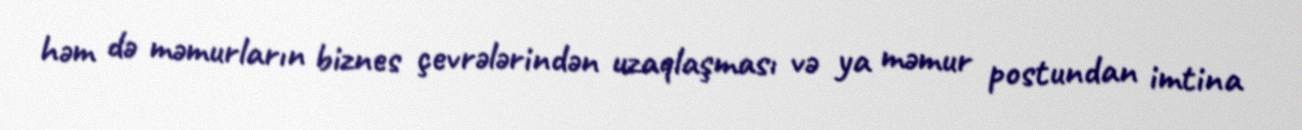
həm də məmurların biznes çevrələrindən uzaqlaşması və ya məmur postundan imtina